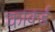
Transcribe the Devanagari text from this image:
कार्क्ड